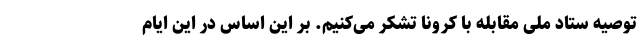
توصیه ستاد ملی مقابله با کرونا تشکر می‌کنیم. بر این اساس در این ایام